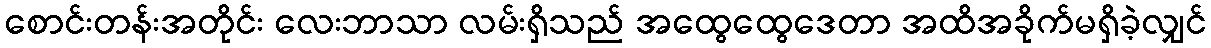
စောင်းတန်းအတိုင်း လေးဘာသာ လမ်းရှိသည် အထွေထွေဒေတာ အထိအခိုက်မရှိခဲ့လျှင်